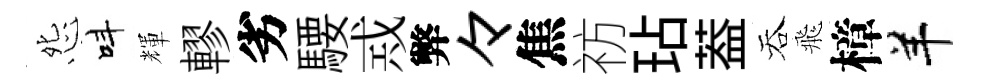
怨呌輝轇劣騕𢦶弊々焦祊玷葢吞飛樟羊